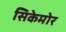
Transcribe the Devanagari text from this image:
सिकेमोर